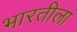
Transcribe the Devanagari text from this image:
भारतीला